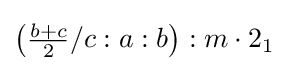
\left({\tfrac {b+c}{2}}/c:a:b\right):m\cdot 2_{1}